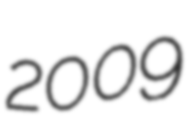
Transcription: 2009